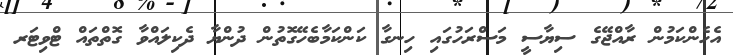
އެހެންކަމުން ރާއްޖޭގެ ސިޔާސީ މަސްރަހުގައި ހިނގާ ކަންކަމާބެހޭގޮތުން ދުންޔާ ދެކިލައްވާ ގޮތްތައް ޓްވިޓަރ